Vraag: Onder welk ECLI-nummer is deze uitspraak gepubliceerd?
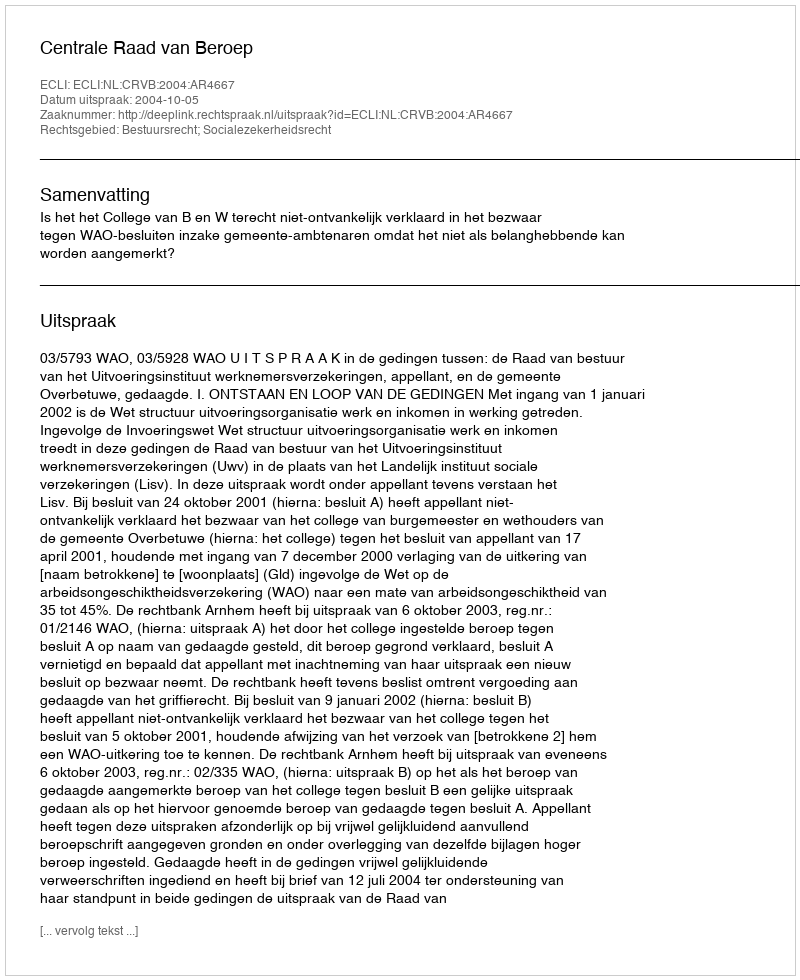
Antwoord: ECLI:NL:CRVB:2004:AR4667